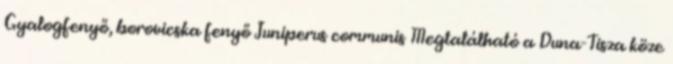
Gyalogfenyő, borovicska fenyő Juniperus communis Megtalálható a Duna-Tisza köze